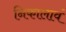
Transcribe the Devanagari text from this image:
निकालावं